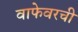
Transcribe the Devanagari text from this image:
वाफेवरची